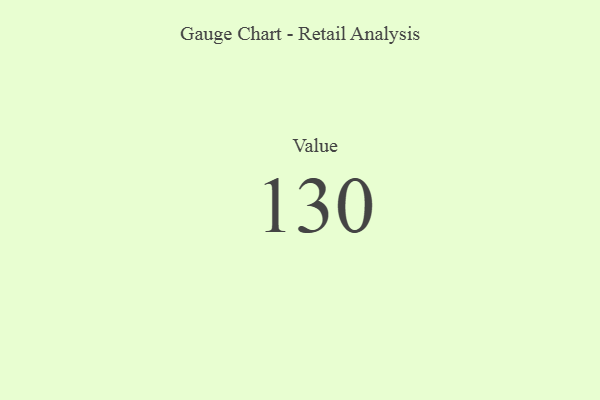
{"axis": {"x": "Metric", "y": "Value"}, "legend": [""], "data": [{"x": "Value", "y": 130, "type": ""}]}